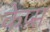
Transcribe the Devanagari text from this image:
केप्स